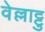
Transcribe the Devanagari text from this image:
वेल्लाट्टु